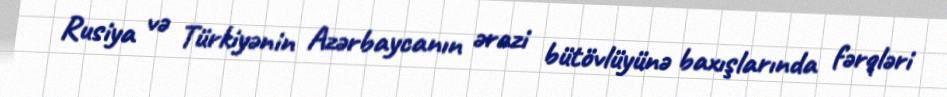
Rusiya və Türkiyənin Azərbaycanın ərazi bütövlüyünə baxışlarında fərqləri